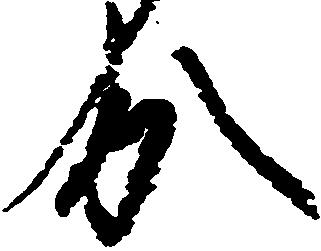
分